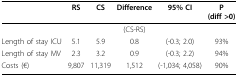
<table><thead><tr><td></td><td><b>RS</b></td><td><b>CS</b></td><td><b>Difference</b></td><td><b>95% CI</b></td><td><b>P(diff &gt;0)</b></td></tr></thead><tbody><tr><td></td><td></td><td></td><td>(CS-RS)</td><td></td><td></td></tr><tr><td>Length of stay ICU</td><td>5.1</td><td>5.9</td><td>0.8</td><td>(-0.3; 2.0)</td><td>93%</td></tr><tr><td>Length of stay MV</td><td>2.3</td><td>3.2</td><td>0.9</td><td>(-0.3; 2.2)</td><td>94%</td></tr><tr><td>Costs (€)</td><td>9,807</td><td>11,319</td><td>1,512</td><td>(-1,034; 4,058)</td><td>90%</td></tr></tbody></table>